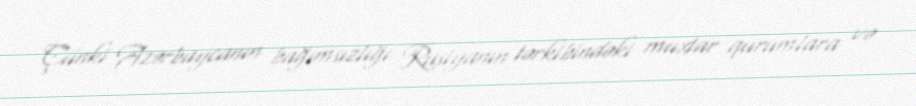
Çünki Azərbaycanın bağımsızlığı Rusiyanın tərkibindəki muxtar qurumlara və